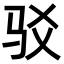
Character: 驳